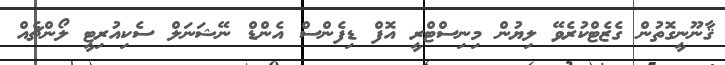
ޤާނޫނީގޮތުން ގެޒެޓްކުރެވޭ ލިޔުން މިނިސްޓްރީ އޮފް ޑިފެންސް އެންޑް ނޭޝަނަލް ސެކިއުރިޓީ ލޯންޗެއް